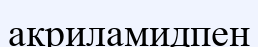
акриламидпен